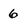
Character: 6